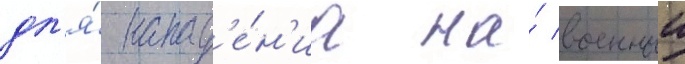
дл'я́ напад'е́н'иа на́ военныи